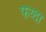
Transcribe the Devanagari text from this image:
फय्दा